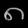
Digit: ၈